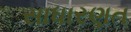
સાધારણત